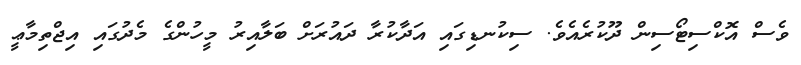
ވެސް އޮކްސިޓޯސިން ދޫކުރެއެވެ. ސިކުނޑިގައި އަދާކުރާ ދައުރަށް ބަލާއިރު މީހުންގެ މެދުގައި އިޖްތިމާޢީ